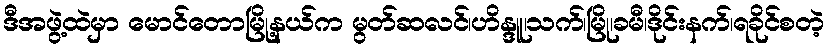
ဒီအဖွဲ့ထဲမှာ မောင်တောမြို့နယ်က မွတ်ဆလင်၊ဟိန္ဒူ၊သက်၊မြို၊ခမီ၊ဒိုင်းနက်၊ရခိုင်စတဲ့